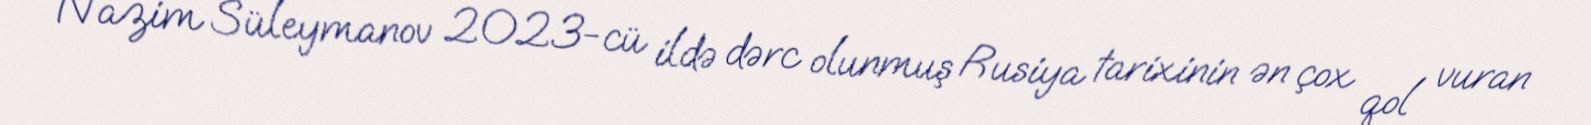
Nazim Süleymanov 2023-cü ildə dərc olunmuş Rusiya tarixinin ən çox qol vuran